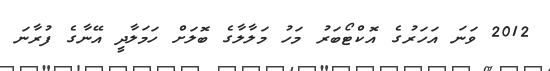
2012 ވަނަ އަހަރުގެ އޮކްޓޯބަރު މަހު މަލާލާގެ ބޮލަށް ހަމަލާދީ އޭނާގެ ފުރާނަ